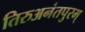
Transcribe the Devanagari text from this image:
तिरुअनंतपुरम्